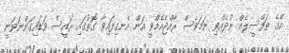
އޭގެ ތަފްސީލެއް ނުދެއްވި ނަމަވެސް ރާއްޖެއެމްވީ އަށް އެނގިފައިވާ ގޮތުގައި ރައީސް ވަޑައިގަންނަވަނީ